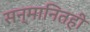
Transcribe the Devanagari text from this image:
सन्मानितही